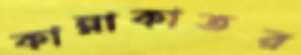
কান্নাকাতর